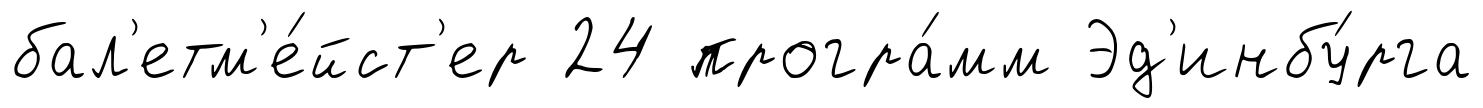
бал'етм'е́йст'ер 24 програ́мм Эд'инбу́рга